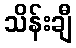
သိန်းချီ